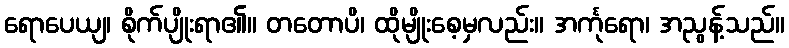
ရောပေယျ၊ စိုက်ပျိုးရာ၏။ တတောပိ၊ ထိုမျိုးစေ့မှလည်း။ အင်္ကုရော၊ အညွန့်သည်။